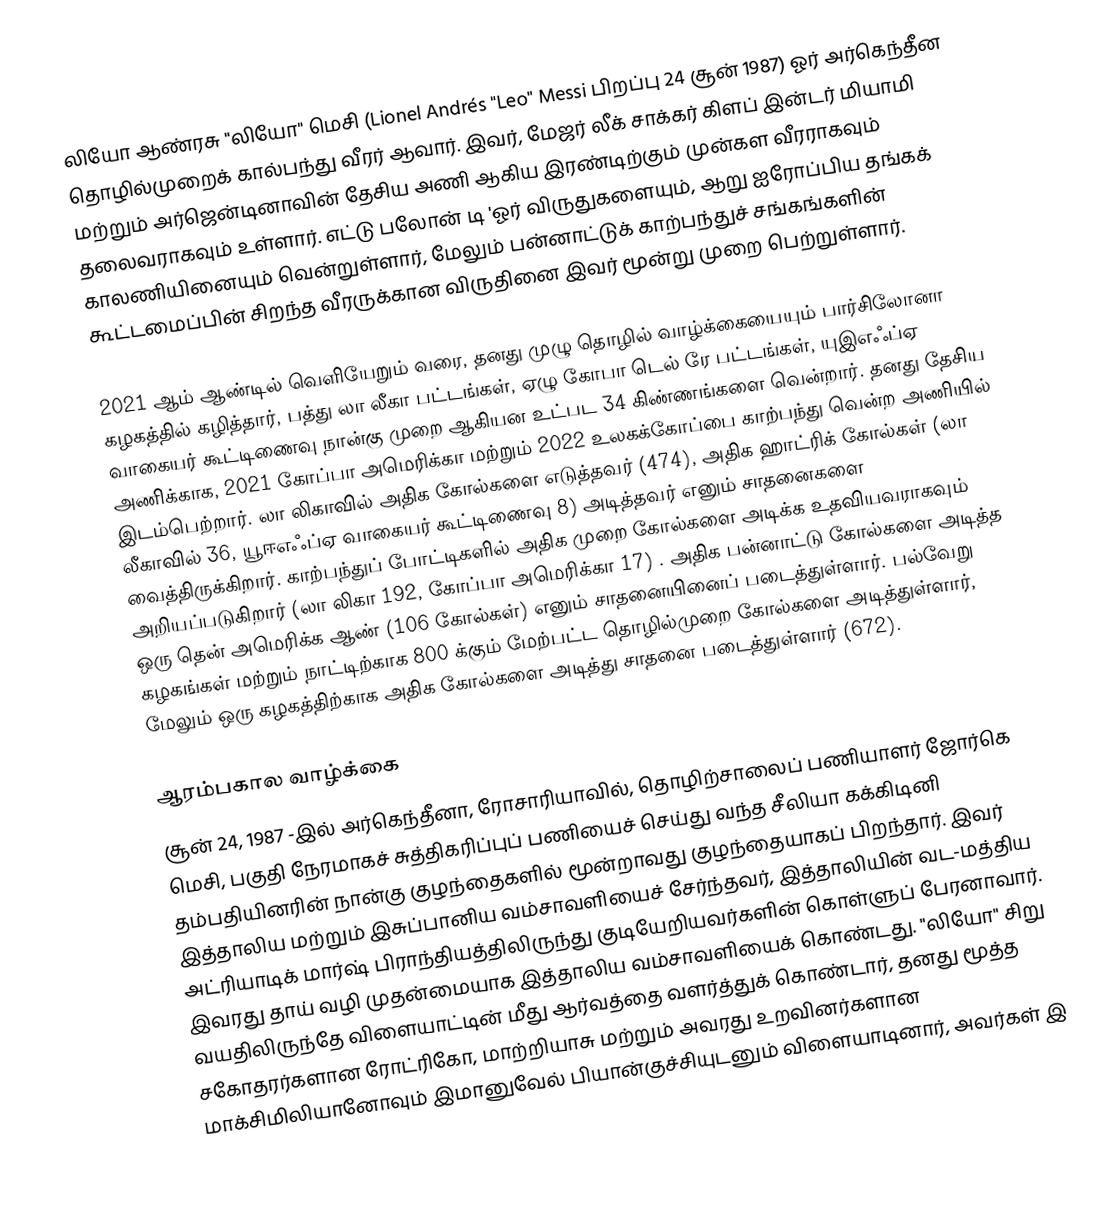
லியோ ஆண்ரசு "லியோ" மெசி  (Lionel Andrés "Leo" Messi   பிறப்பு 24 சூன் 1987) ஓர் அர்கெந்தீன தொழில்முறைக் கால்பந்து வீரர் ஆவார். இவர், மேஜர் லீக் சாக்கர் கிளப் இன்டர் மியாமி மற்றும் அர்ஜென்டினாவின் தேசிய அணி ஆகிய இரண்டிற்கும் முன்கள வீரராகவும் தலைவராகவும் உள்ளார். எட்டு பலோன் டி 'ஓர் விருதுகளையும், ஆறு ஐரோப்பிய தங்கக் காலணியினையும் வென்றுள்ளார், மேலும் பன்னாட்டுக் காற்பந்துச் சங்கங்களின் கூட்டமைப்பின் சிறந்த வீரருக்கான விருதினை இவர் மூன்று முறை பெற்றுள்ளார்.

2021 ஆம் ஆண்டில் வெளியேறும் வரை, தனது முழு தொழில் வாழ்க்கையையும் பார்சிலோனா கழகத்தில் கழித்தார், பத்து லா லீகா பட்டங்கள், ஏழு கோபா டெல் ரே பட்டங்கள், யுஇஎஃப்ஏ வாகையர் கூட்டிணைவு நான்கு முறை ஆகியன உட்பட 34 கிண்ணங்களை வென்றார். தனது தேசிய அணிக்காக, 2021 கோப்பா அமெரிக்கா  மற்றும் 2022  உலகக்கோப்பை காற்பந்து வென்ற அணியில் இடம்பெற்றார். லா லிகாவில் அதிக கோல்களை எடுத்தவர் (474), அதிக ஹாட்ரிக் கோல்கள் (லா லீகாவில் 36,  யூஈஎஃப்ஏ வாகையர் கூட்டிணைவு 8) அடித்தவர் எனும் சாதனைகளை வைத்திருக்கிறார்.  காற்பந்துப் போட்டிகளில் அதிக முறை கோல்களை அடிக்க உதவியவராகவும் அறியப்படுகிறார் (லா லிகா 192, கோப்பா அமெரிக்கா 17) . அதிக பன்னாட்டு கோல்களை அடித்த ஒரு தென் அமெரிக்க ஆண் (106 கோல்கள்) எனும் சாதனையினைப் படைத்துள்ளார். பல்வேறு கழகங்கள் மற்றும் நாட்டிற்காக 800 க்கும் மேற்பட்ட தொழில்முறை கோல்களை அடித்துள்ளார், மேலும் ஒரு கழகத்திற்காக அதிக கோல்களை அடித்து சாதனை படைத்துள்ளார் (672).

ஆரம்பகால வாழ்க்கை
சூன் 24, 1987 -இல் அர்கெந்தீனா, ரோசாரியாவில், தொழிற்சாலைப் பணியாளர் ஜோர்கெ மெசி, பகுதி நேரமாகச் சுத்திகரிப்புப் பணியைச் செய்து வந்த சீலியா கக்கிடினி தம்பதியினரின் நான்கு குழந்தைகளில் மூன்றாவது குழந்தையாகப் பிறந்தார். இவர் இத்தாலிய மற்றும் இசுப்பானிய வம்சாவளியைச் சேர்ந்தவர், இத்தாலியின் வட-மத்திய அட்ரியாடிக் மார்ஷ் பிராந்தியத்திலிருந்து குடியேறியவர்களின் கொள்ளுப் பேரனாவார். இவரது தாய் வழி முதன்மையாக இத்தாலிய வம்சாவளியைக் கொண்டது. "லியோ" சிறு வயதிலிருந்தே விளையாட்டின் மீது ஆர்வத்தை வளர்த்துக் கொண்டார், தனது மூத்த சகோதரர்களான ரோட்ரிகோ, மாற்றியாசு மற்றும் அவரது உறவினர்களான மாக்சிமிலியானோவும் இமானுவேல் பியான்குச்சியுடனும் விளையாடினார், அவர்கள் இ